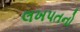
લખપતનો